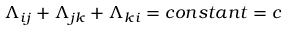
\Lambda _ { i j } + \Lambda _ { j k } + \Lambda _ { k i } = c o n s t a n t = c